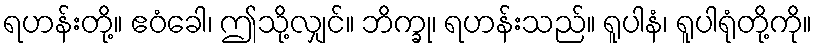
ရဟန်းတို့။ ဧဝံခေါ၊ ဤသို့လျှင်။ ဘိက္ခု၊ ရဟန်းသည်။ ရူပါနံ၊ ရူပါရုံတို့ကို။